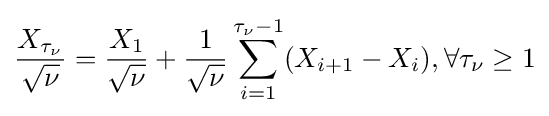
{\frac {X_{\tau _{\nu }}}{\sqrt {\nu }}}={\frac {X_{1}}{\sqrt {\nu }}}+{\frac {1}{\sqrt {\nu }}}\sum _{i=1}^{\tau _{\nu }-1}(X_{i+1}-X_{i}),\forall \tau _{\nu }\geq 1